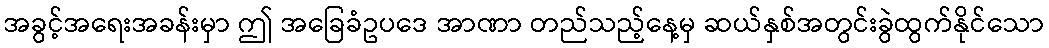
အခွင့်အရေးအခန်းမှာ ဤ အခြေခံဥပဒေ အာဏာ တည်သည့်နေ့မှ ဆယ်နှစ်အတွင်းခွဲထွက်နိုင်သော